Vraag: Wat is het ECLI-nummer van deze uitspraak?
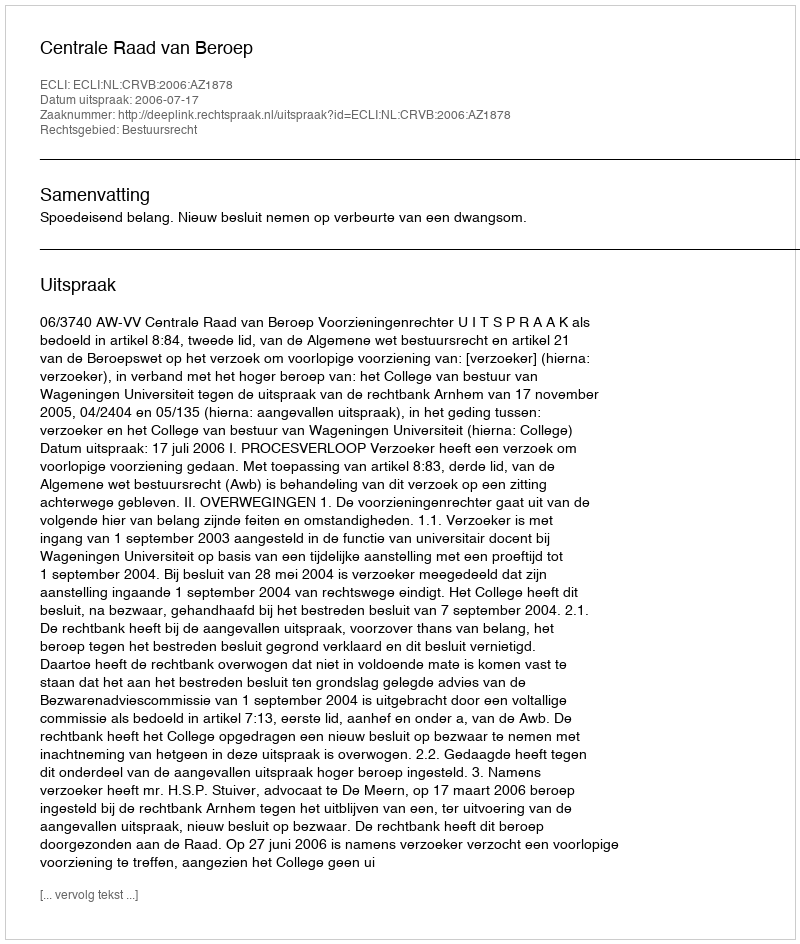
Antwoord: ECLI:NL:CRVB:2006:AZ1878